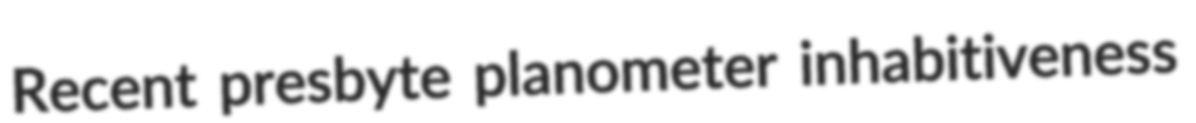
Recent presbyte planometer inhabitiveness